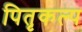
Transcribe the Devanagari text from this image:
पितृकल्प